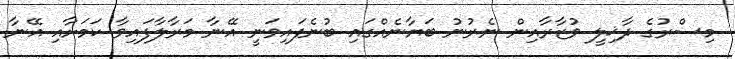
މިސްރުގެ ދާޚިލީ ވުޒާރާއިން ނެރުނު ބަޔާނެއްގައި ބުނެފައިވަނީ އޭނާ މަރާލާފައިވާ ކަމަށާއި އޭނާ